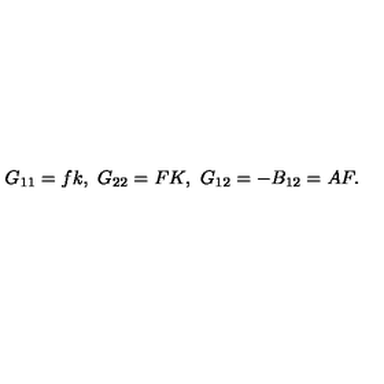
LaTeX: G _ { 1 1 } = f k , \ G _ { 2 2 } = F K , \ G _ { 1 2 } = - B _ { 1 2 } = A F .